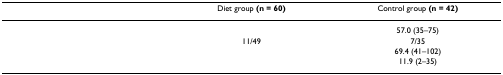
<table><thead><tr><td>[EMPTY_CELL]</td><td><b>Diet group (n = 60)</b></td><td><b>Control group (n = 42)</b></td></tr></thead><tbody><tr><td>[EMPTY_CELL]</td><td>[EMPTY_CELL]</td><td>57.0 (35–75)</td></tr><tr><td>[EMPTY_CELL]</td><td>11/49</td><td>7/35</td></tr><tr><td>[EMPTY_CELL]</td><td>[EMPTY_CELL]</td><td>69.4 (41–102)</td></tr><tr><td>[EMPTY_CELL]</td><td>[EMPTY_CELL]</td><td>11.9 (2–35)</td></tr></tbody></table>